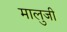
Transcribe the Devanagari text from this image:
मालुजी